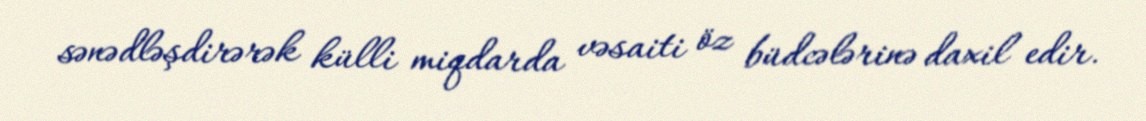
sənədləşdirərək külli miqdarda vəsaiti öz büdcələrinə daxil edir.